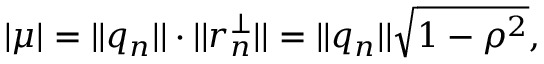
| \mu | = | | q _ { n } | | \cdot | | r _ { n } ^ { \perp } | | = | | q _ { n } | | \sqrt { 1 - \rho ^ { 2 } } ,